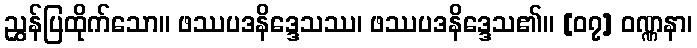
ညွှန်ပြထိုက်သော။ ဖဿပဒနိဒ္ဒေသဿ၊ ဖဿပဒနိဒ္ဒေသ၏။ [၀၇] ဝဏ္ဏနာ၊